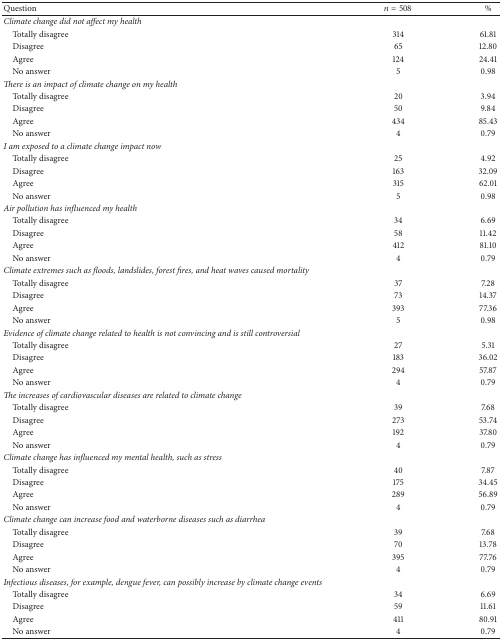
<table><thead><tr><td><b>Question</b></td><td><b><i>n</i> = 508</b></td><td><b>%</b></td></tr></thead><tbody><tr><td><i>Climate change did not affect my health</i></td><td>[EMPTY_CELL]</td><td>[EMPTY_CELL]</td></tr><tr><td> Totally disagree</td><td>314</td><td>61.81</td></tr><tr><td> Disagree</td><td>65</td><td>12.80</td></tr><tr><td> Agree</td><td>124</td><td>24.41</td></tr><tr><td> No answer</td><td>5</td><td>0.98</td></tr><tr><td><i>There is an impact of climate change on my health </i></td><td>[EMPTY_CELL]</td><td>[EMPTY_CELL]</td></tr><tr><td> Totally disagree</td><td>20</td><td>3.94</td></tr><tr><td> Disagree</td><td>50</td><td>9.84</td></tr><tr><td> Agree</td><td>434</td><td>85.43</td></tr><tr><td> No answer</td><td>4</td><td>0.79</td></tr><tr><td><i>I am exposed to a climate change impact now</i></td><td>[EMPTY_CELL]</td><td>[EMPTY_CELL]</td></tr><tr><td> Totally disagree</td><td>25</td><td>4.92</td></tr><tr><td> Disagree</td><td>163</td><td>32.09</td></tr><tr><td> Agree</td><td>315</td><td>62.01</td></tr><tr><td> No answer</td><td>5</td><td>0.98</td></tr><tr><td><i>Air pollution has influenced my health</i></td><td>[EMPTY_CELL]</td><td>[EMPTY_CELL]</td></tr><tr><td> Totally disagree</td><td>34</td><td>6.69</td></tr><tr><td> Disagree</td><td>58</td><td>11.42</td></tr><tr><td> Agree</td><td>412</td><td>81.10</td></tr><tr><td> No answer</td><td>4</td><td>0.79</td></tr><tr><td><i>Climate extremes such as floods, landslides, forest fires, and heat waves caused mortality </i></td><td>[EMPTY_CELL]</td><td>[EMPTY_CELL]</td></tr><tr><td> Totally disagree</td><td>37</td><td>7.28</td></tr><tr><td> Disagree</td><td>73</td><td>14.37</td></tr><tr><td> Agree</td><td>393</td><td>77.36</td></tr><tr><td> No answer</td><td>5</td><td>0.98</td></tr><tr><td><i>Evidence of climate change related to health is not convincing and is still controversial</i></td><td>[EMPTY_CELL]</td><td>[EMPTY_CELL]</td></tr><tr><td> Totally disagree</td><td>27</td><td>5.31</td></tr><tr><td> Disagree</td><td>183</td><td>36.02</td></tr><tr><td> Agree</td><td>294</td><td>57.87</td></tr><tr><td> No answer</td><td>4</td><td>0.79</td></tr><tr><td><i>The increases of cardiovascular diseases are related to climate change</i></td><td>[EMPTY_CELL]</td><td>[EMPTY_CELL]</td></tr><tr><td> Totally disagree</td><td>39</td><td>7.68</td></tr><tr><td> Disagree</td><td>273</td><td>53.74</td></tr><tr><td> Agree</td><td>192</td><td>37.80</td></tr><tr><td> No answer</td><td>4</td><td>0.79</td></tr><tr><td><i>Climate change has influenced my mental health, such as stress</i></td><td>[EMPTY_CELL]</td><td>[EMPTY_CELL]</td></tr><tr><td> Totally disagree</td><td>40</td><td>7.87</td></tr><tr><td> Disagree</td><td>175</td><td>34.45</td></tr><tr><td> Agree</td><td>289</td><td>56.89</td></tr><tr><td> No answer</td><td>4</td><td>0.79</td></tr><tr><td><i>Climate change can increase food and waterborne diseases such as diarrhea</i></td><td>[EMPTY_CELL]</td><td>[EMPTY_CELL]</td></tr><tr><td> Totally disagree</td><td>39</td><td>7.68</td></tr><tr><td> Disagree</td><td>70</td><td>13.78</td></tr><tr><td> Agree</td><td>395</td><td>77.76</td></tr><tr><td> No answer</td><td>4</td><td>0.79</td></tr><tr><td><i>Infectious diseases, for example, dengue fever, can possibly increase by climate change events</i></td><td>[EMPTY_CELL]</td><td>[EMPTY_CELL]</td></tr><tr><td> Totally disagree</td><td>34</td><td>6.69</td></tr><tr><td> Disagree</td><td>59</td><td>11.61</td></tr><tr><td> Agree</td><td>411</td><td>80.91</td></tr><tr><td> No answer</td><td>4</td><td>0.79</td></tr></tbody></table>